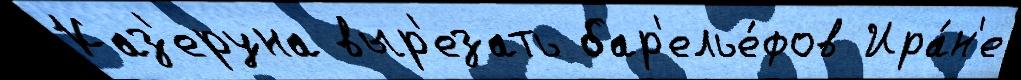
Каз'еруна выр'езать бар'елье́фов Ира́н'е